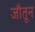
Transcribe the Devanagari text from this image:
जौतून